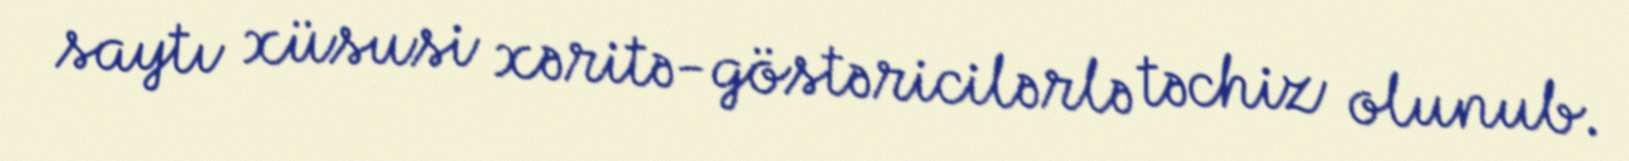
saytı xüsusi xəritə-göstəricilərlə təchiz olunub.